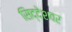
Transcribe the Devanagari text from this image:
सिद्देशवर